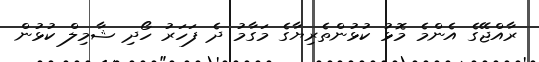
ރާއްޖޭގެ އެންމެ މޮޅު ކުޅުންތެރިޔާގެ މަގާމު ދެ ފަހަރު ހޯދި ޝާމިލް ކުޅުން